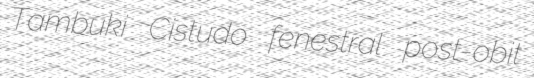
Tambuki Cistudo fenestral post-obit